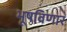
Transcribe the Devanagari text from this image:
भूषविणार